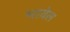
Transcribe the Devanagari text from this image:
भावेल